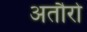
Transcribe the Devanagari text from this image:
अतौरो